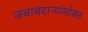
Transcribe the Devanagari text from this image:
जबाबदाऱ्यांसोबत